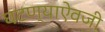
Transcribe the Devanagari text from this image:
घटण्याऐवजी